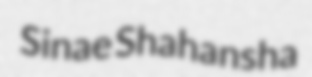
Sinae Shahansha